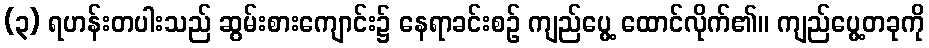
(၃) ရဟန်းတပါးသည် ဆွမ်းစားကျောင်း၌ နေရာခင်းစဉ် ကျည်ပွေ့ ထောင်လိုက်၏။ ကျည်ပွေ့တခုကို